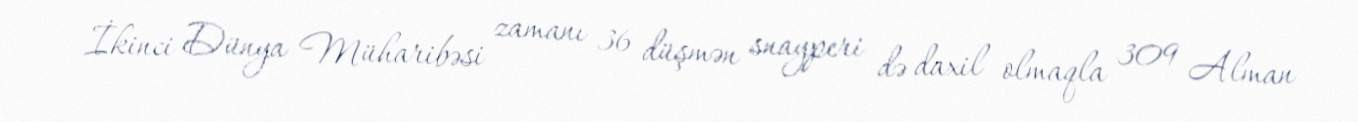
İkinci Dünya Müharibəsi zamanı 36 düşmən snayperi də daxil olmaqla 309 Alman